Scottish Leaving Certificate Examination, 1956
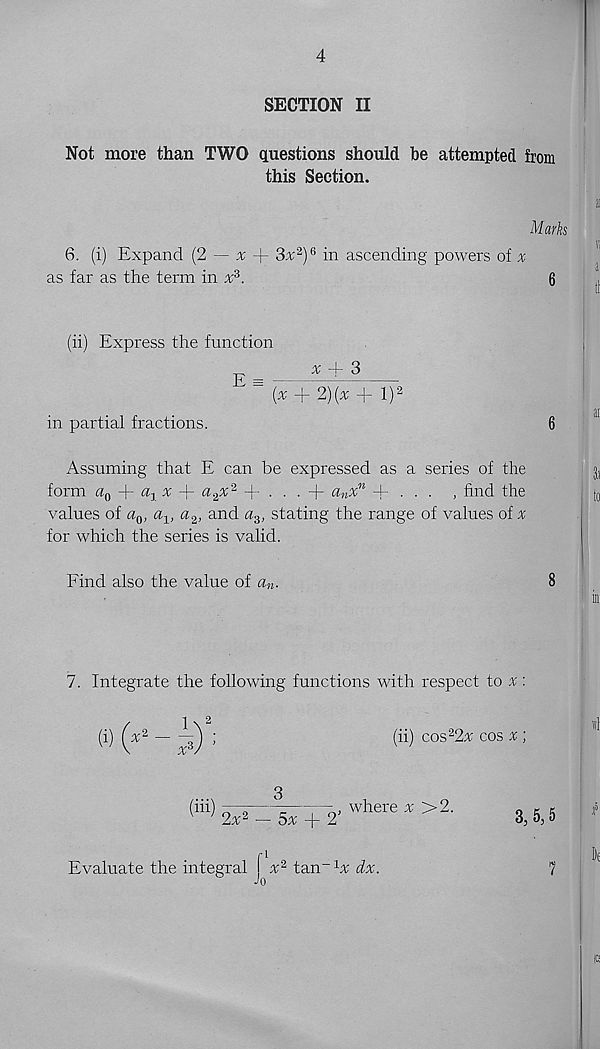
4
SECTION II
Not more than TWO questions should be attempted from
this Section.
Marks
6. (i) Expand (2 — x
3x 2 ) e in ascending power's of ^
as far as the term in x 3 .
6
(ii) Express the function
E —
x M 3
J ~ (x + 2)[x + l) 2
in partial fractions.
6
Assuming that E can be expressed as a series of the
form a Q -\~
x
a % x' 2 + • • ■ + a n % n
, find the
values of a 0 , a x , a 2 , and a 3 , stating the range of values of x
for which the series is valid.
Find also the value of a n .
8
7. Integrate the following functions with respect to % :
/
1 \ 2
(i) yx 2 — —j ;
(ii) cos 2 2^ cos £ ;
(iii)
3
2x 2 — 5x
2
, where x '>2.
3, 5,5
Evaluate the integral f % 2 ta.n~1x dx.
Jo